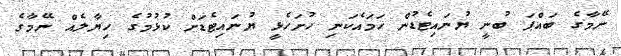
ނޭމާގެ ބައްޕަ ބުނީ ޔުނައިޓެޑުން ހަމައެކަނި ހުށަހެޅީ ޔުނައިޓެޑަށް ކުޅުމުގެ ހިޔާލެއް ނޭމާގެ